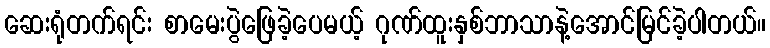
ဆေးရုံတက်ရင်း စာမေးပွဲဖြေခဲ့ပေမယ့် ဂုဏ်ထူးနှစ်ဘာသာနဲ့အောင်မြင်ခဲ့ပါတယ်။